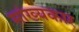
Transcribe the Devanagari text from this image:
सांख्यकार